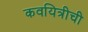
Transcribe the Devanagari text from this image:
कवयित्रीची